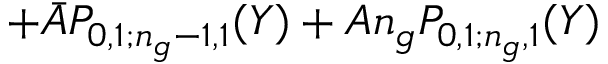
+ \bar { A } P _ { 0 , 1 ; n _ { g } - 1 , 1 } ( Y ) + A n _ { g } P _ { 0 , 1 ; n _ { g } , 1 } ( Y )